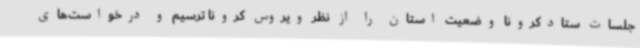
جلسات ستادکرونا وضعیت استان را از نظر ویروس کرونا ترسیم و درخواست‌های